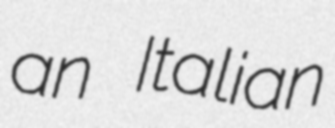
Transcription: an Italian